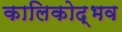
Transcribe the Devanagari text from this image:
कालिकोद्भव